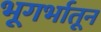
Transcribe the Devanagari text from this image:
भूगर्भातून